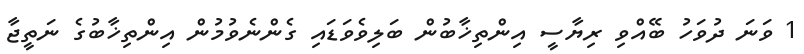
1 ވަނަ ދުވަހު ބޭއްވި ރިޔާސީ އިންތިޚާބުން ބަލިވެވަޑައި ގެންނެވުމުން އިންތިޚާބުގެ ނަތީޖާ